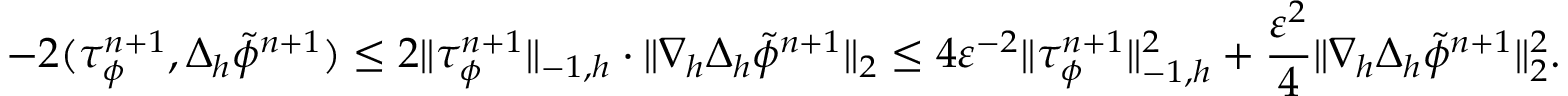
- 2 ( \tau _ { \phi } ^ { n + 1 } , \Delta _ { h } \tilde { \phi } ^ { n + 1 } ) \leq 2 \| \tau _ { \phi } ^ { n + 1 } \| _ { - 1 , h } \cdot \| \nabla _ { h } \Delta _ { h } \tilde { \phi } ^ { n + 1 } \| _ { 2 } \leq 4 \varepsilon ^ { - 2 } \| \tau _ { \phi } ^ { n + 1 } \| _ { - 1 , h } ^ { 2 } + \frac { \varepsilon ^ { 2 } } { 4 } \| \nabla _ { h } \Delta _ { h } \tilde { \phi } ^ { n + 1 } \| _ { 2 } ^ { 2 } .